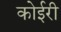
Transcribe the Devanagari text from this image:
कोईरी